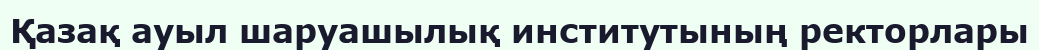
Қазақ ауыл шаруашылық институтының ректорлары